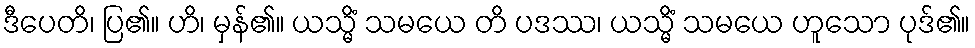
ဒီပေတိ၊ ပြ၏။ ဟိ၊ မှန်၏။ ယသ္မိံ သမယေ တိ ပဒဿ၊ ယသ္မိံ သမယေ ဟူသော ပုဒ်၏။